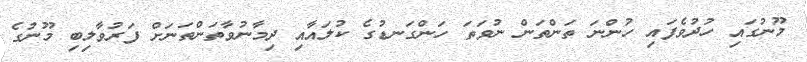
މޫނުގައި ހުދުވެފައި ހުންނަ ތަންތަން ނުވަތަ ހަންގަނޑުގެ ކުލައާއި ދިމާނުވާތަންތަނަށް ފަރުވާލިބި މޫނުގެ